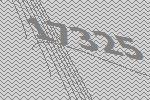
17325